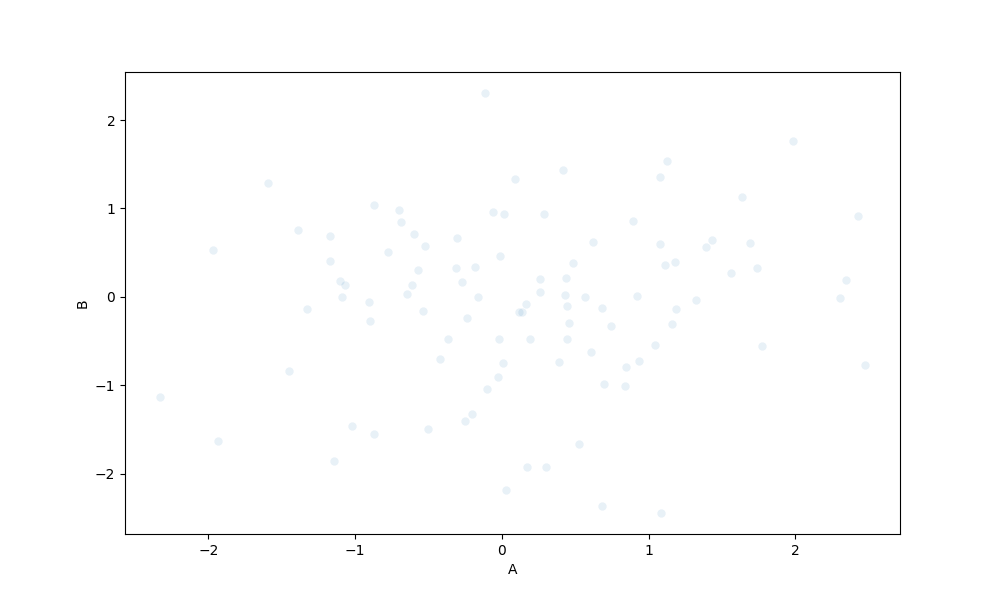
python, seaborn, scatterplot, hue='None', style='None', size='None', palette='muted', alpha=0.1